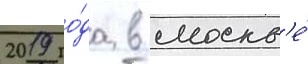
2019 го́да в москв'е́